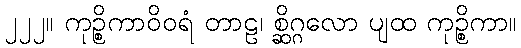
၂၂၂။ ကုဉ္စိကာဝိဝရံ တာဠ၊ စ္ဆိဂ္ဂလော ပျထ ကုဉ္စိကာ။